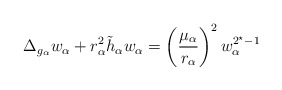
\begin{align*}\Delta_{g_\alpha} w_\alpha +r_\alpha^2\tilde{h}_\alpha w_\alpha=\left(\frac{\mu_\alpha}{r_\alpha}\right)^2 w_\alpha^{2^\star-1}\end{align*}